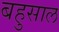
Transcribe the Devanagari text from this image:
बहुसाल